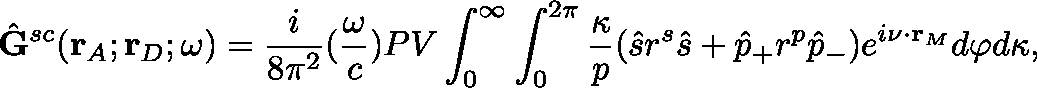
\hat { \mathbf { G } } ^ { s c } ( \mathbf { r } _ { A } ; \mathbf { r } _ { D } ; \omega ) = \frac { i } { 8 \pi ^ { 2 } } ( \frac { \omega } { c } ) P V \int _ { 0 } ^ { \infty } \int _ { 0 } ^ { 2 \pi } \frac { \kappa } { p } ( \hat { s } r ^ { s } \hat { s } + \hat { p } _ { + } r ^ { p } \hat { p } _ { - } ) e ^ { i \mathbf { \nu } \cdot \mathbf { r } _ { M } } d { \varphi } d { \kappa } ,